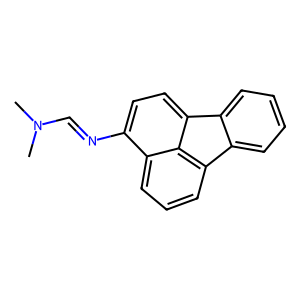
SMILES: CN(C)C=Nc1ccc2c3c(cccc13)-c1ccccc1-2
Inhibits HIV replication: No